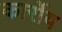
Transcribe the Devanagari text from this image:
कार्रोय